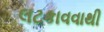
લટકાવવાથી